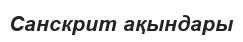
Санскрит ақындары